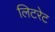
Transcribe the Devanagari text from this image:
लिटरेट